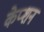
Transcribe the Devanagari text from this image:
केप्‍शन